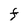
Character: f